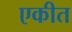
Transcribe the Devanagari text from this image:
एकीत